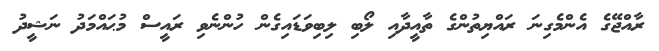
ރާއްޖޭގެ އެންމެގިނަ ރައްޔިތުންގެ ތާއީދާއި ލޯބި ލިބިވަޑައިގެން ހުންނެވި ރައީސް މުޙައްމަދު ނަޝީދު